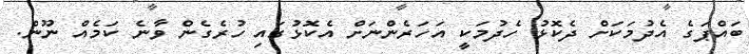
ބައްޕަގެ އެދުމަކަށް ދެކޮޅު ހެދުމަކީ އަހަރެންނަށް އެކޮޅުގައި ހުރެގެން ވާނެ ކަމެއް ނޫން.